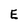
Character: E